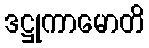
ဒဋ္ဌုကာမောတိ